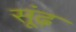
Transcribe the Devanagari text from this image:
सूंढ़